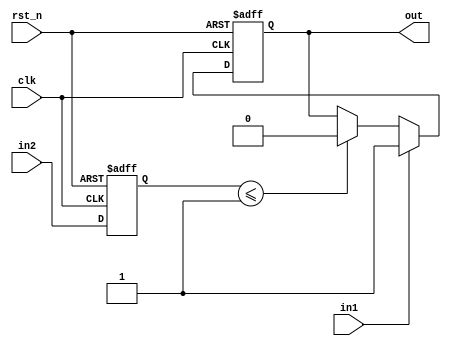
module flipflop ( clk , rst_n , in1 ,in2 ,out ) ; // port list 
	
	//port declaration 
	input rst_n ; 
	input in1 ;
	input in2 ;
	input clk ;
	output out; 
	
	// date type declaration 
	
	wire rst_n ; 
	wire in1 ;
	wire in2 ;
	wire clk ;
	reg out ; 
	reg in2_1d;

	always @(posedge clk or negedge rst_n ) begin 
				if ( rst_n == 1'b0)
				in2_1d <= 1'b0;
				else 
				in2_1d <= in2 ; 
	end
	
	always @(posedge clk or negedge rst_n ) begin 
				if ( rst_n == 1'b0)
				out <= 1'b0;
				else if ( in1 == 1'b1 ) 
				out <= 1'b1 ;
	      else if ( in2_1d <= 1'b1 )  
	        out <= 1'b0;
	        else 
	          out <= out ; 
	end

endmodule